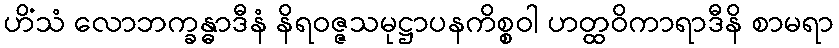
ဟိံသံ လောဘက္ခန္ဓာဒီနံ နိရဝဇ္ဇသမုဋ္ဌာပနကိစ္စဝါ ဟတ္ထဝိကာရာဒီနိ စာမရာ